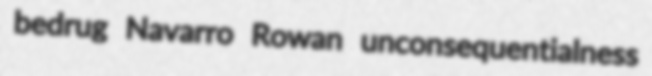
bedrug Navarro Rowan unconsequentialness